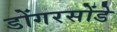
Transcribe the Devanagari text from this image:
डोंगरसोंडे